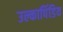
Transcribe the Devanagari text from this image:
उल्कापिंडिय